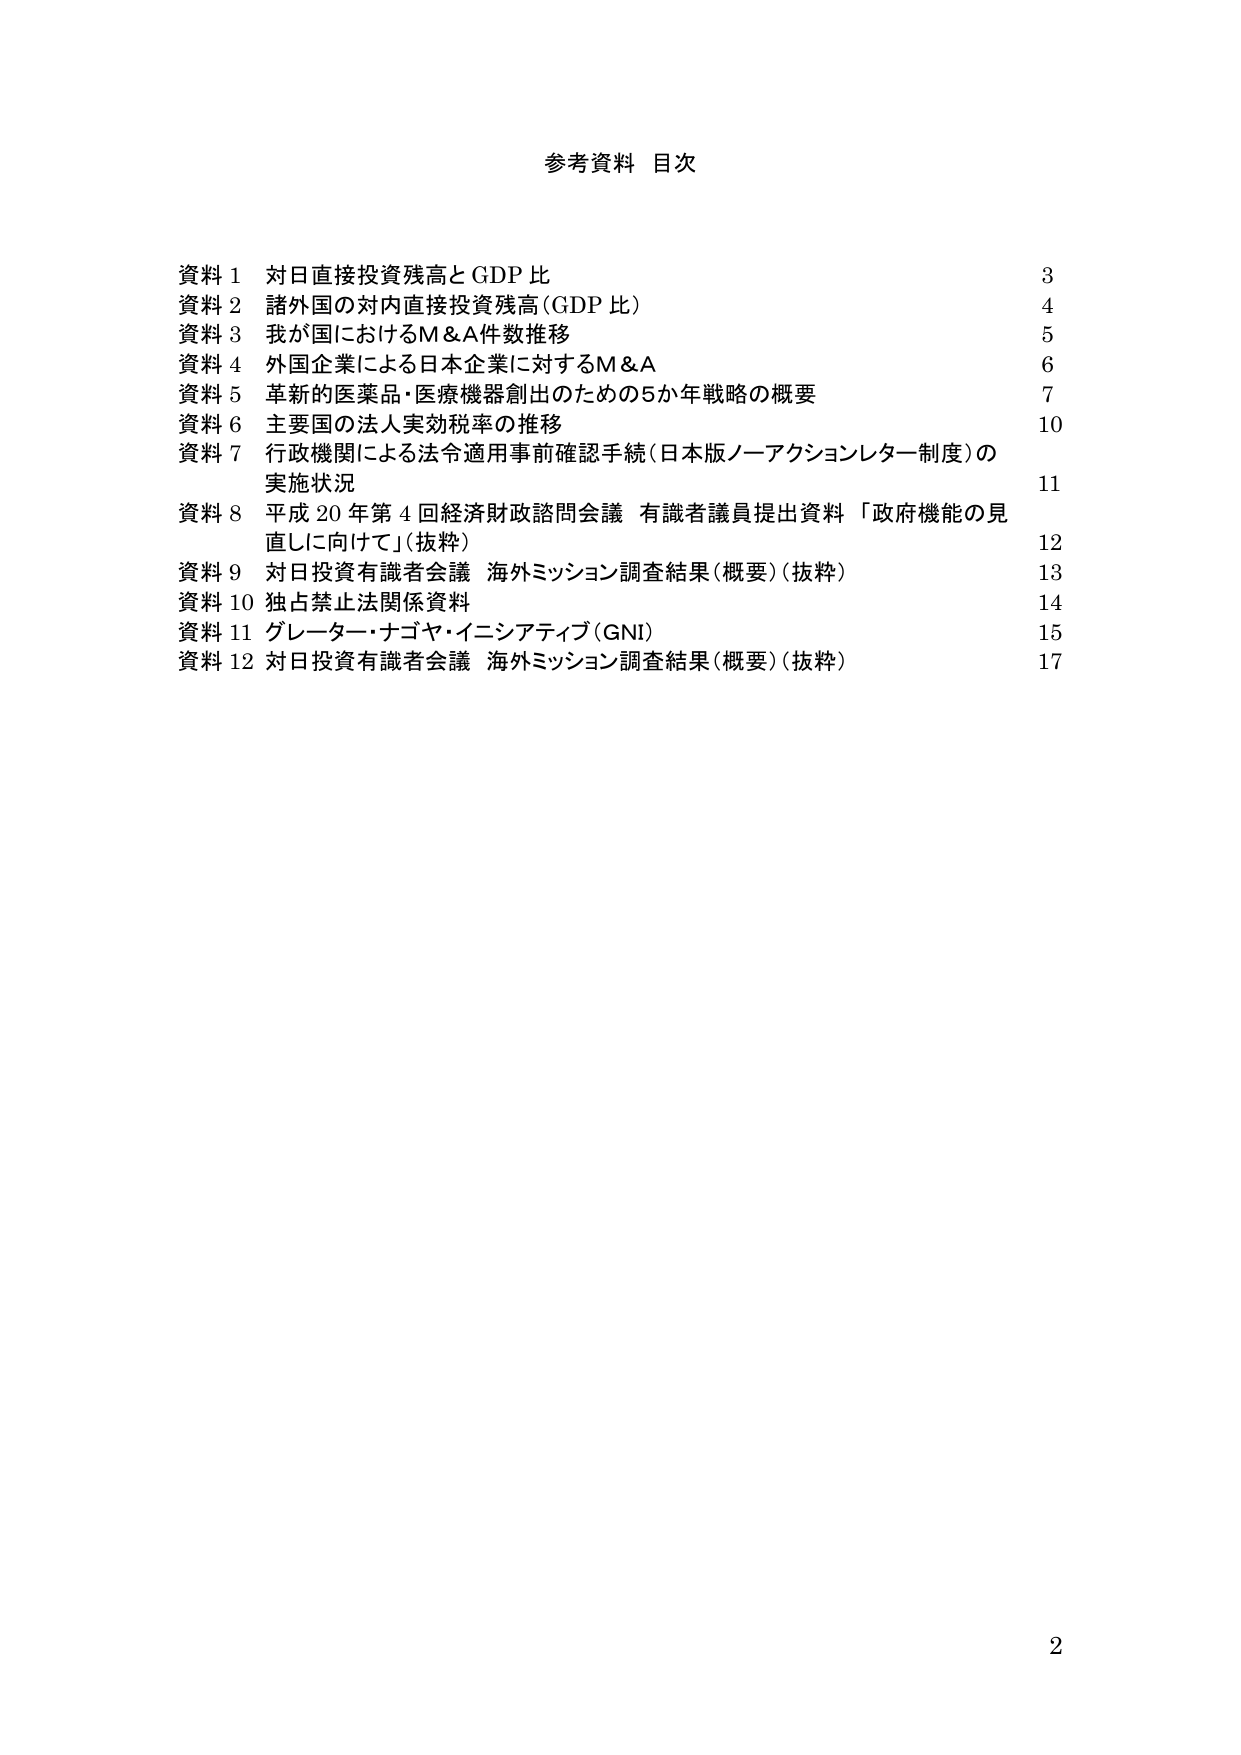
参考資料 目次

資料 1 対日直接投資残高と GDP 比 3
資料 2 諸外国の対内直接投資残高（GDP 比） 4
資料 3 我が国におけるM＆A件数推移 5
資料 4 外国企業による日本企業に対するM＆A 6
資料 5 革新的医薬品・医療機器創出のための5か年戦略の概要 7
資料 6 主要国の法人実効税率の推移 10
資料 7 行政機関による法令適用事前確認手続（日本版ノーアクションレター制度）の
実施状況 11
資料 8 平成 20 年第 4 回経済財政諮問会議 有識者議員提出資料「政府機能の見
直しに向けて」（抜粋） 12
資料 9 対日投資有識者会議 海外ミッション調査結果（概要）（抜粋） 13
資料 10 独占禁止法関係資料 14
資料 11 グレーター・ナゴヤ・イニシアティブ（GNI） 15
資料 12 対日投資有識者会議 海外ミッション調査結果（概要）（抜粋） 17

2